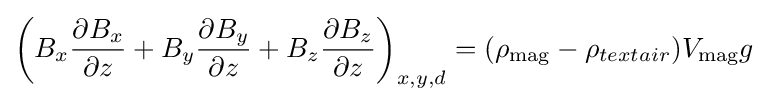
\left(B_{x}{\frac {\partial B_{x}}{\partial z}}+B_{y}{\frac {\partial B_{y}}{\partial z}}+B_{z}{\frac {\partial B_{z}}{\partial z}}\right)_{x,y,d}=(\rho _{\text{mag}}-\rho _{text{air}})V_{\text{mag}}g